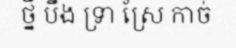
ថ្នី បឹង ទ្រា ស្រែ កាច់